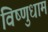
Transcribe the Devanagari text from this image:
विष्णुधाम